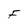
Character: F